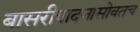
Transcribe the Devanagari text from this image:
बासरीवादनासोबतच